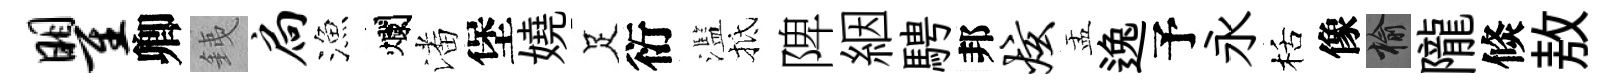
瞿卿銕扃漁爛潘堡嬈足衍濫抵陴絪騁邦炫盂逸予永栝像榆隴倐敖